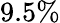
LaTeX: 9.5\%